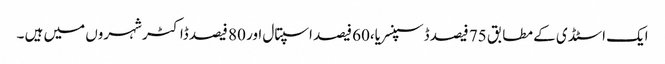
ایک اسٹڈی کے مطابق 75 فیصد ڈسپنسریا،60 فیصد اسپتال اور 80 فیصد ڈاکٹر شہروں میں ہیں ۔